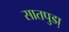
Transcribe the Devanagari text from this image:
सातपुडा़